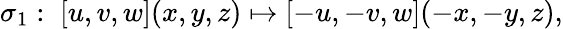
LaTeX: \sigma_{1}:\; \left[u,v,w\right](x,y,z)\mapsto\left[-u,-v,w\right](-x,-y,z),